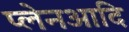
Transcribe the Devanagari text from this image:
प्लेनआदि